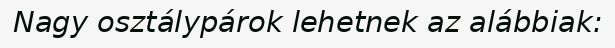
Nagy osztálypárok lehetnek az alábbiak: